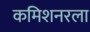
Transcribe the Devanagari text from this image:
कमिशनरला